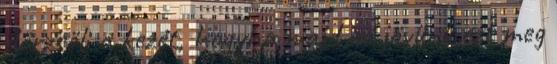
dörzsöli a kezét, hogyha majd mi jövünk ezt meg